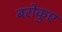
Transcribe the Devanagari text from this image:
बरोकुए